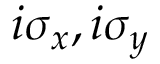
i \sigma _ { x } , i \sigma _ { y }